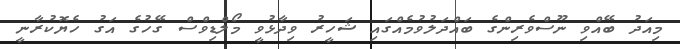
މިއަދު ބޭއްވި ނޫސްވެރިންގެ ބައްދަލުވުމެއްގައި ޝަހީރު ވިދާޅުވީ މޯލްޑިވްސް ގޭހުގެ އަގު ހެޔޮކުރާނީ